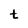
Character: t